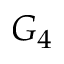
G _ { 4 }